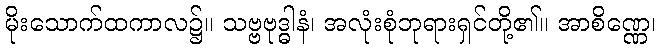
မိုးသောက်ထကာလ၌။ သဗ္ဗဗုဒ္ဓါနံ၊ အလုံးစုံဘုရားရှင်တို့၏။ အာစိဏ္ဏေ၊